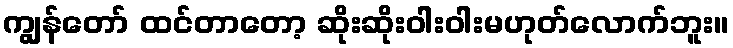
ကျွန်တော် ထင်တာတော့ ဆိုးဆိုးဝါးဝါးမဟုတ်လောက်ဘူး။